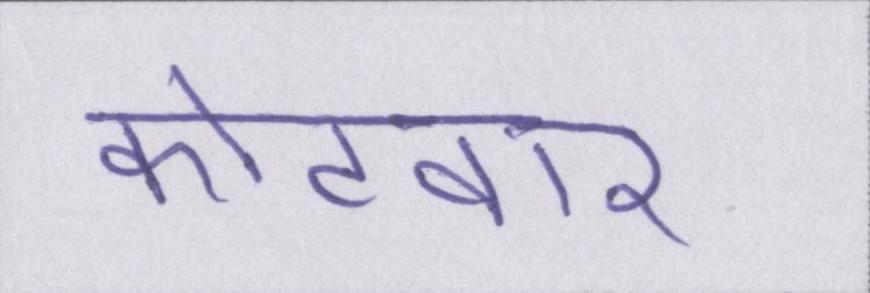
कोटवार